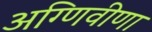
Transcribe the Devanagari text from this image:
अग्णिवीणा